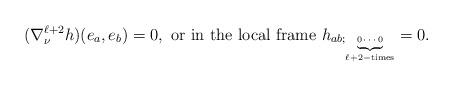
LaTeX: \begin{align*}(\nabla^{\ell+2}_\nu h)(e_a, e_b)=0, \mbox{ or in the local frame } h_{ab;\tiny\underbrace{0\cdots 0}_{\ell+2-\mbox{times}}} = 0.\end{align*}